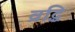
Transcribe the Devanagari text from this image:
व्रद्धि